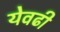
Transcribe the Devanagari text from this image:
येवढी